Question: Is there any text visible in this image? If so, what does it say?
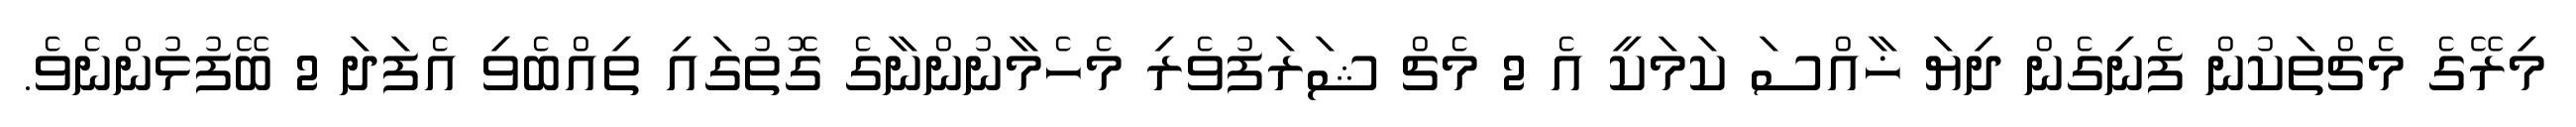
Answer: މިރޭގެ މެޗްތަކުން ފެނިގެން ދިޔަ ޚާއްސަ ކަމަކީ އެ 2 މެޗް ޝަރަފުވެރި މެހެމާނުންނާގެ ގޮތުގައި ތިއްބެވި އެފަދަ 2 ބޭފުޅުންނެވެ.